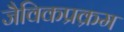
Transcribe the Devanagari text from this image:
जैविकप्रक्रम